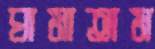
ঘামাতাম